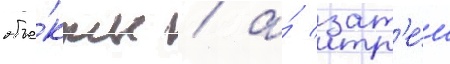
объе́кты / а́ зат'е́м